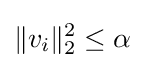
\|v_{i}\|_{2}^{2}\leq \alpha